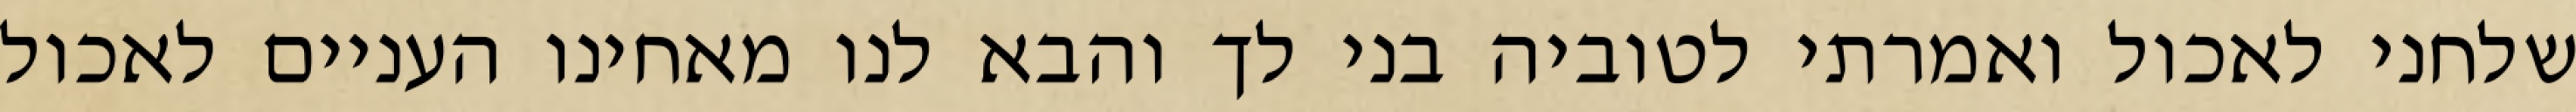
שלחני לאכול ואמרתי לטוביה בני לך והבא לנו מאחינו העניים לאכול